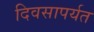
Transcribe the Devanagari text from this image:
दिवसापर्यत